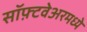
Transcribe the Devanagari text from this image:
सॉफ़्टवेअरमध्ये